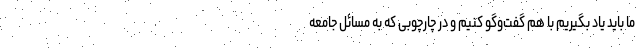
ما باید یاد بگیریم با هم گفت‌وگو کنیم و در چارچوبی که به مسائل جامعه